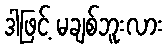
ဒါဖြင့် မချစ်ဘူးလား